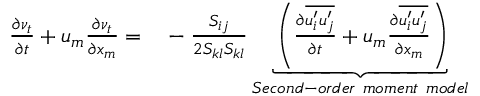
\begin{array} { r l } { \frac { \partial \nu _ { t } } { \partial t } + u _ { m } \frac { \partial \nu _ { t } } { \partial x _ { m } } = } & { { } - \frac { S _ { i j } } { 2 S _ { k l } S _ { k l } } \underbrace { \left( \frac { \partial \overline { { u _ { i } ^ { \prime } u _ { j } ^ { \prime } } } } { \partial t } + u _ { m } \frac { \partial \overline { { u _ { i } ^ { \prime } u _ { j } ^ { \prime } } } } { \partial x _ { m } } \right) } _ { S e c o n d - o r d e r \ m o m e n t \ m o d e l } } \end{array}